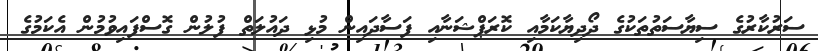
ސަރުކާރުގެ ސިޔާސަތުތަކުގެ ދޯދިޔާކަމާއި ކޮރަޕްޝަނާއި ފަސާދައިން މުޅި ދައުލަތް ފުލުން ގޮސްފައިވުމުން އެކަމުގެ